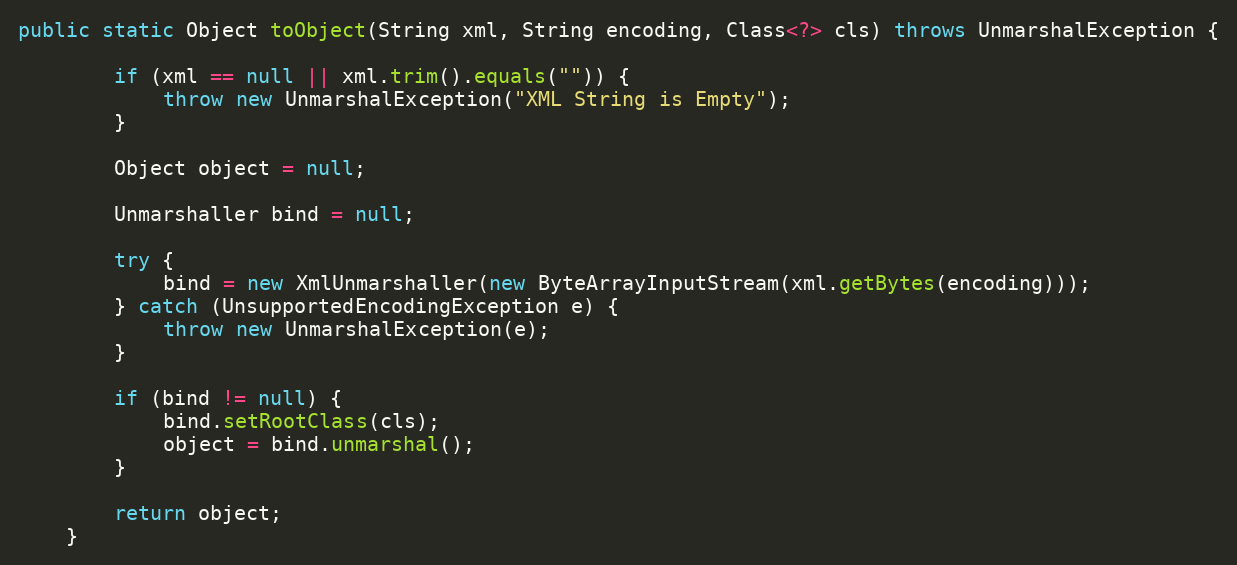
Language: Java
public static Object toObject(String xml, String encoding, Class<?> cls) throws UnmarshalException {

		if (xml == null || xml.trim().equals("")) {
			throw new UnmarshalException("XML String is Empty");
		}

		Object object = null;

		Unmarshaller bind = null;

		try {
			bind = new XmlUnmarshaller(new ByteArrayInputStream(xml.getBytes(encoding)));
		} catch (UnsupportedEncodingException e) {
			throw new UnmarshalException(e);
		}

		if (bind != null) {
			bind.setRootClass(cls);
			object = bind.unmarshal();
		}

		return object;
	}